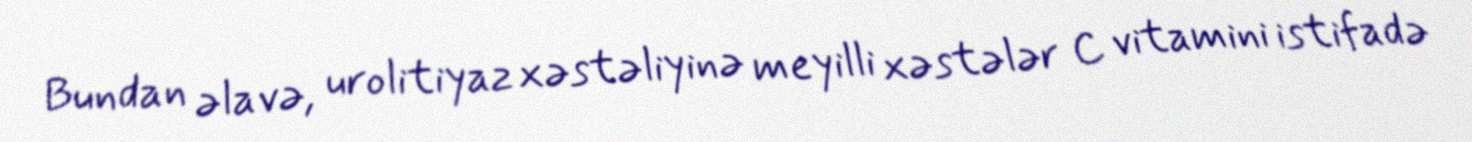
Bundan əlavə, urolitiyaz xəstəliyinə meyilli xəstələr C vitamini istifadə